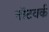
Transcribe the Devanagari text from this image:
नॉटवर्क